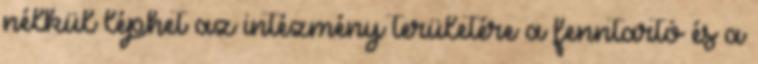
nélkül léphet az intézmény területére a fenntartó és a